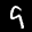
Label: 9